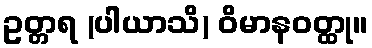
ဥတ္တရ (ပါယာသိ) ဝိမာနဝတ္ထု။